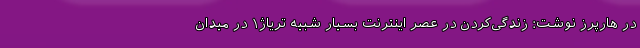
در هارپرز نوشت: زندگی‌کردن در عصر اینترنت بسیار شبیه تریاژ۱ در میدان